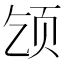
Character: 𫖪